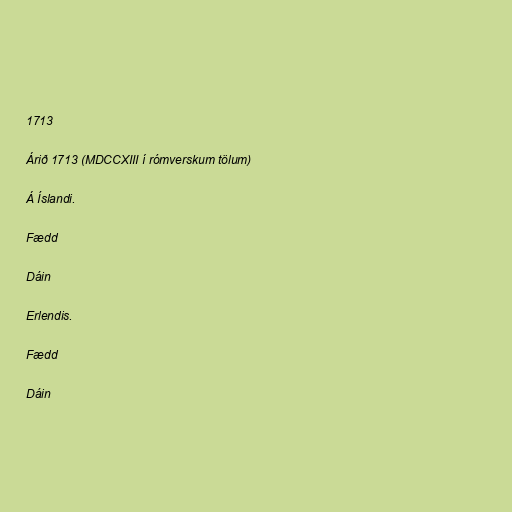
1713

Árið 1713 (MDCCXIII í rómverskum tölum)

Á Íslandi.

Fædd

Dáin

Erlendis.

Fædd

Dáin